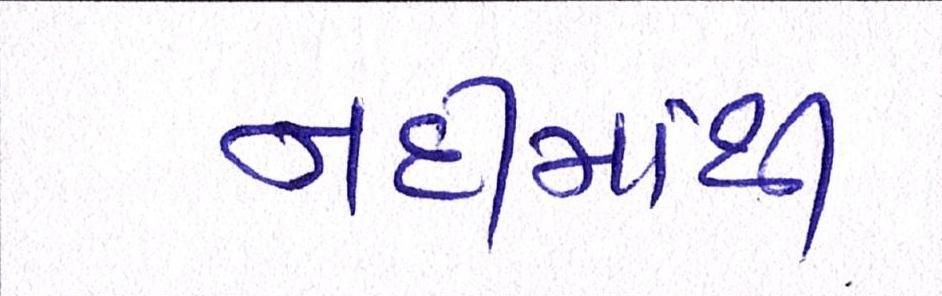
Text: નદીમાંથી